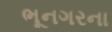
ભૂનગરના